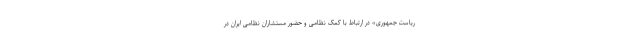
ریاست جمهوری» در ارتباط با کمک نظامی و حضور مستشاران نظامی ایران در